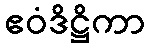
ဧဝံဒိဋ္ဌိကာ